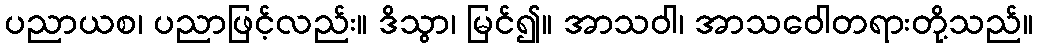
ပညာယစ၊ ပညာဖြင့်လည်း။ ဒိသွာ၊ မြင်၍။ အာသဝါ၊ အာသဝေါတရားတို့သည်။